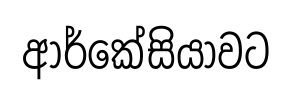
ආර්කේසියාවට